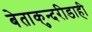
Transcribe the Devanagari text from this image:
बेताकुन्दरीडाही